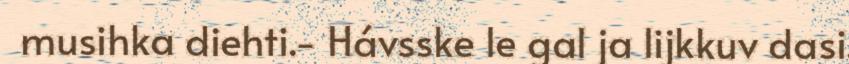
musihka diehti.- Hávsske le gal ja lijkkuv dasi.